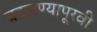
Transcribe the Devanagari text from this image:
बदलण्यापूरवी